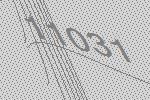
11031